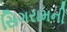
સિગરામની